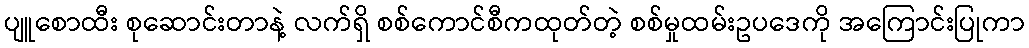
ပျူစောထီး စုဆောင်းတာနဲ့ လက်ရှိ စစ်ကောင်စီကထုတ်တဲ့ စစ်မှုထမ်းဥပဒေကို အကြောင်းပြုကာ